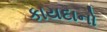
કાયદાનો